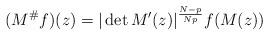
LaTeX: \begin{align*}(M^{\#} f ) (z) = |\det M' (z)|^{\frac{N-p}{Np}} f(M(z))\end{align*}